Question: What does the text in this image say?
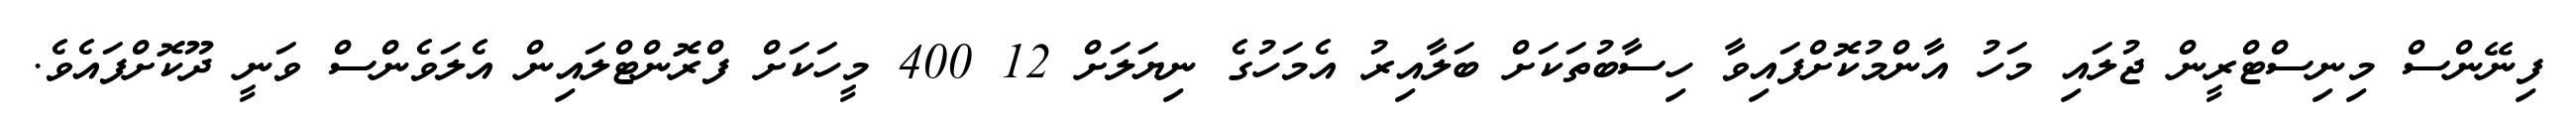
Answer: ފިނޭންސް މިނިސްޓްރީން ޖުލައި މަހު އާންމުކޮށްފައިވާ ހިސާބުތަކަށް ބަލާއިރު އެމަހުގެ ނިޔަލަށް 12 400 މީހަކަށް ފްރޮންޓްލައިން އެލަވެންސް ވަނީ ދޫކޮށްފައެވެ.